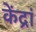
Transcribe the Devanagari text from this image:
केंद्रां